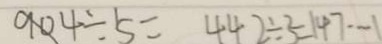
9 0 4 \div 5 = 4 4 2 \div 3 = 4 7 \cdots 1